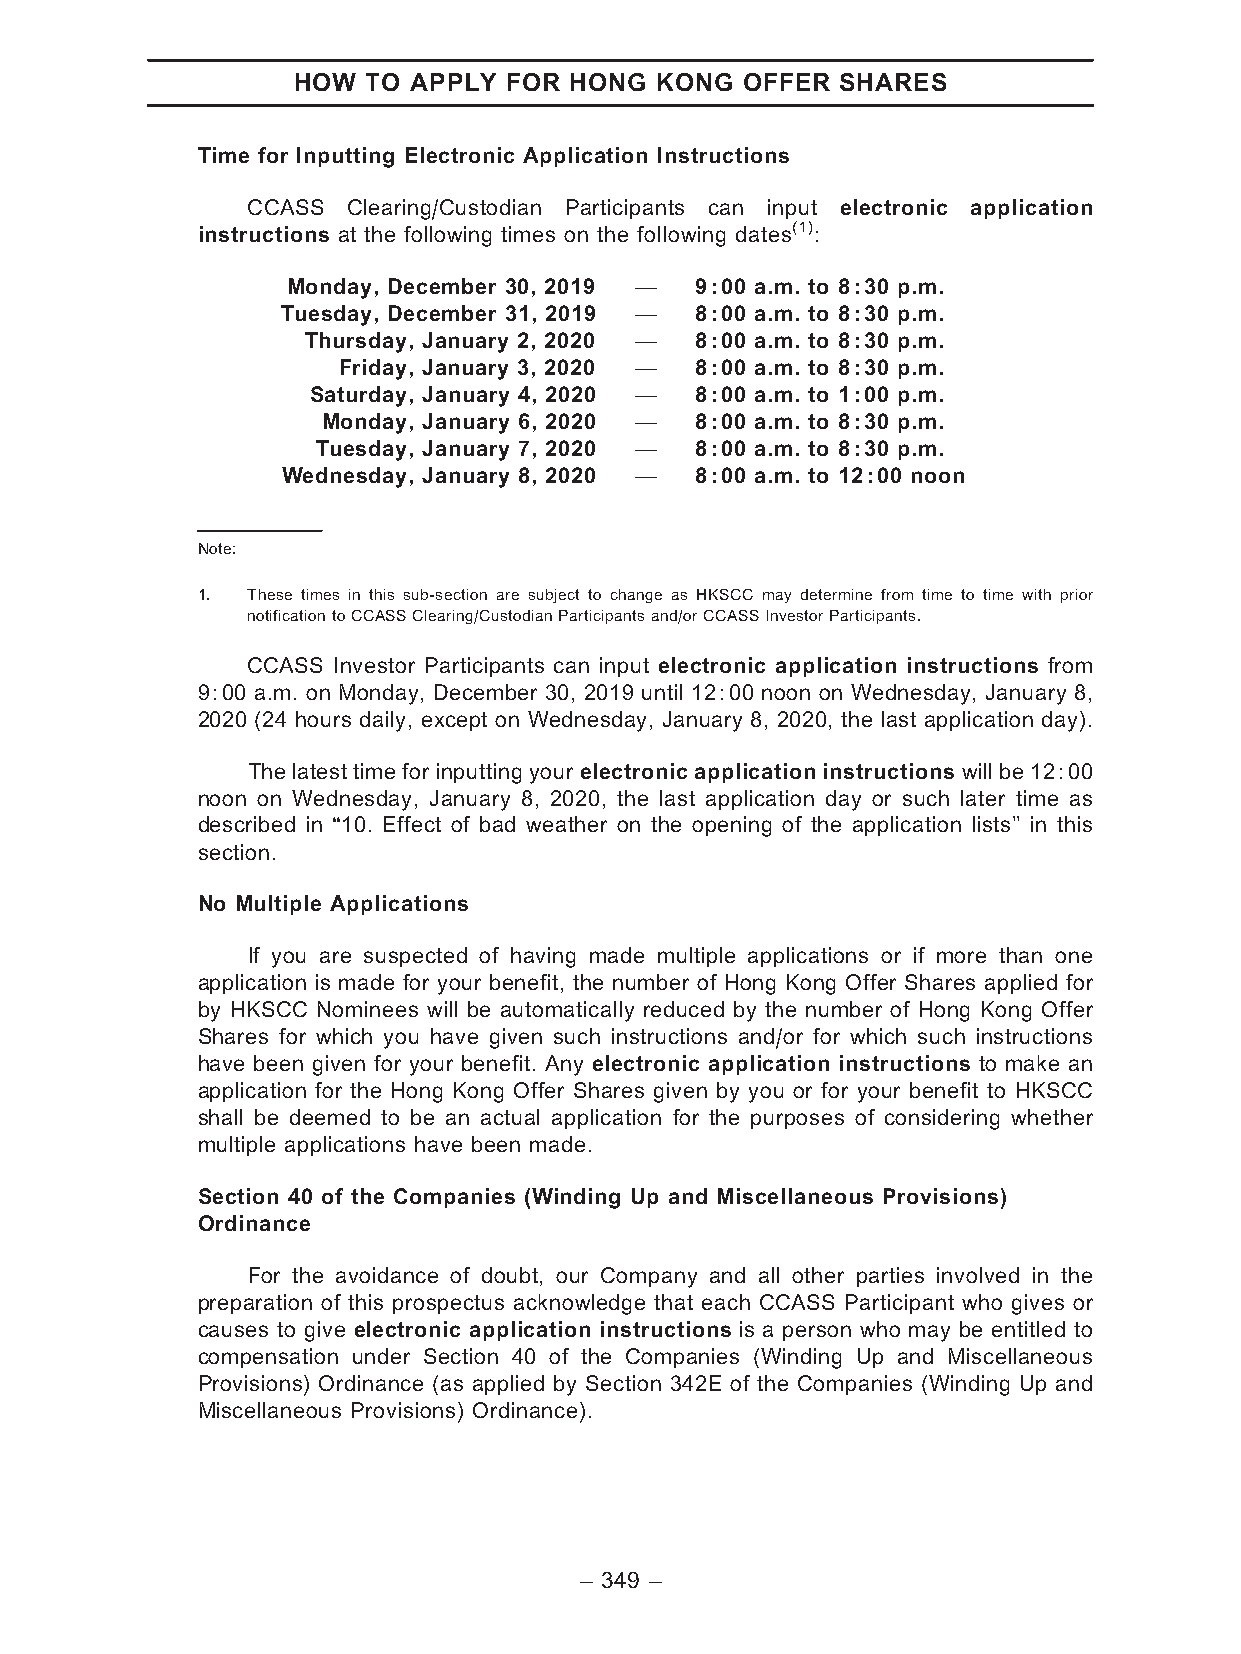
HOW  TO APPLY FOR  HONG KONG  OFFER  SHARES
 Time for Inputting Electronic Application Instructions
 CCASS  Clearing/Custodian Participants can input electronic application
 instructions at the following times on the following dates(1):
 Monday, December 30, 2019 — 9:00 a.m. to 8:30 p.m.
 Tuesday, December 31, 2019 — 8:00 a.m. to 8:30 p.m.
 Thursday, January 2, 2020 — 8:00 a.m. to 8:30 p.m.
 Friday, January 3, 2020 — 8:00 a.m. to 8:30 p.m.
 Saturday, January 4, 2020 — 8:00 a.m. to 1:00 p.m.
 Monday, January 6, 2020 — 8:00 a.m. to 8:30 p.m.
 Tuesday, January 7, 2020 — 8:00 a.m. to 8:30 p.m.
 Wednesday, January 8, 2020 — 8:00 a.m. to 12:00 noon
 Note:
 1. These times in this sub-section are subject to change as HKSCC may determine from time to time with prior
 notificationtoCCASSClearing/CustodianParticipantsand/orCCASSInvestorParticipants.
 CCASS Investor Participants can input electronic application instructions from
 9:00 a.m. on Monday, December 30, 2019 until 12:00 noon on Wednesday, January 8,
 2020 (24 hours daily, except on Wednesday, January 8, 2020, the last application day).
 The latest time for inputting your electronic application instructions will be 12:00
 noon on Wednesday, January 8, 2020, the last application day or such later time as
 described in ‘‘10. Effect of bad weather on the opening of the application lists’’ in this
 section.
 No Multiple Applications
 If you are suspected of having made multiple applications or if more than one
 application is made for your benefit, the number of Hong Kong Offer Shares applied for
 by HKSCC Nominees will be automatically reduced by the number of Hong Kong Offer
 Shares for which you have given such instructions and/or for which such instructions
 have been given for your benefit. Any electronic application instructions to make an
 application for the Hong Kong Offer Shares given by you or for your benefit to HKSCC
 shall be deemed to be an actual application for the purposes of considering whether
 multiple applications have been made.
 Section 40 of the Companies (Winding Up and Miscellaneous Provisions)
 Ordinance
 For the avoidance of doubt, our Company and all other parties involved in the
 preparation of this prospectus acknowledge that each CCASS Participant who gives or
 causes to give electronic application instructions is a person who may be entitled to
 compensation under Section 40 of the Companies (Winding Up and Miscellaneous
 Provisions) Ordinance (as applied by Section 342E of the Companies (Winding Up and
 Miscellaneous Provisions) Ordinance).
 – 349 –